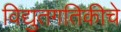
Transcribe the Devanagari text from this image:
विद्युतगतिकीचे